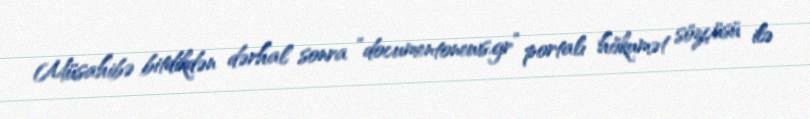
Müsahibə bitdikdən dərhal sonra “documentonews.gr” portalı hökumət sözçüsü ilə